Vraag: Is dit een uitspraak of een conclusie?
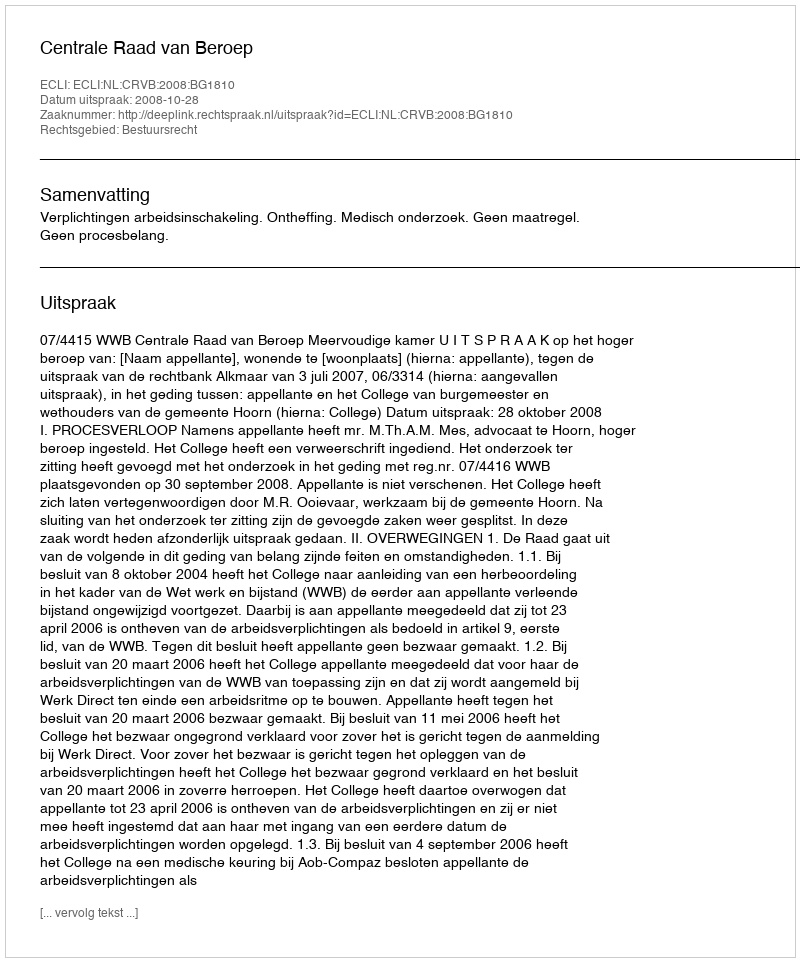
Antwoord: Uitspraak